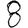
Digit: 8